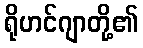
ရိုဟင်ဂျာတို့၏